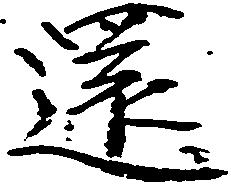
還